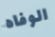
الوفاه